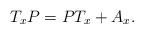
LaTeX: \begin{align*}T_xP = PT_x + A_x. \end{align*}